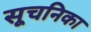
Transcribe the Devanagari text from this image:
सूचनिका